Leaving Certificate Examination (including Day School Certificate (Higher) General paper), 1935
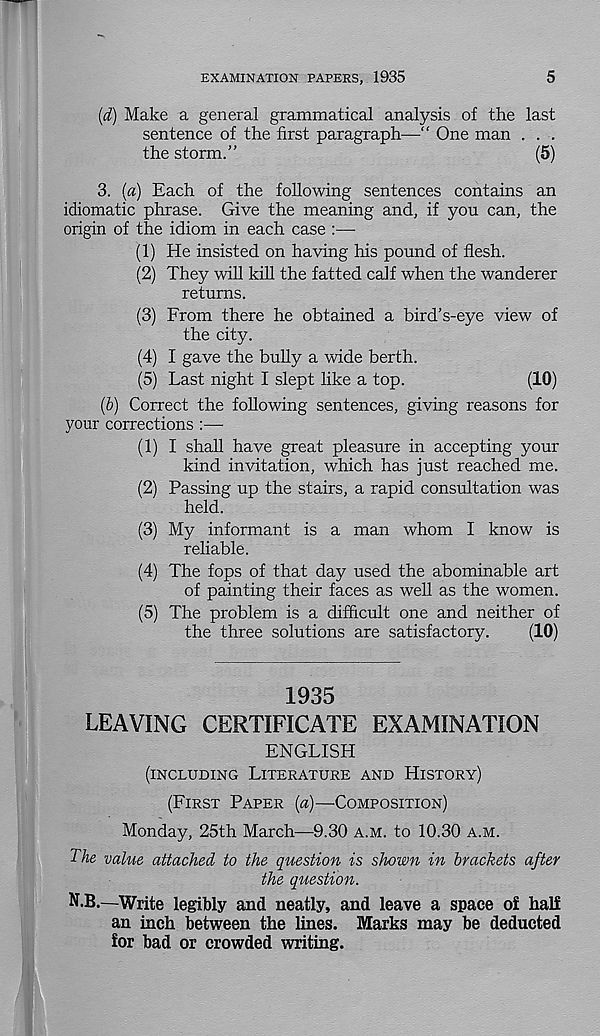
EXAMINATION PAPERS, 1935
5
(d) Make a general grammatical analysis of the last
sentence of the first paragraph—“ One man ...
the storm.”
(5)
3. [a) Each of the following sentences contains an
idiomatic phrase. Give the meaning and, if you can, the
origin of the idiom in each case :—
(1) He insisted on having his pound of flesh.
(2) They will kill the fatted calf when the wanderer
returns.
(3) From there he obtained a bird’s-eye view of
the city.
(4) I gave the bully a wide berth.
(5) Last night I slept like a top.
(10)
(b) Correct the following sentences, giving reasons for
your corrections :—-
(1) I shall have great pleasure in accepting your
kind invitation, which has just reached me.
(2) Passing up the stairs, a rapid consultation was
held.
(3) My informant is a man whom I know is
reliable.
(4) The fops of that day used the abominable art
of painting their faces as well as the women.
(5) The problem is a difficult one and neither of
the three solutions are satisfactory.
(10)
1935
LEAVING CERTIFICATE EXAMINATION
ENGLISH
(INCLUDING LITERATURE AND HISTORY)
(FIRST PAPER (a)—COMPOSITION)
Monday, 25th March—9.30 A.M. to 10.30 A.M.
The value attached to the question is shown in brackets after
the question.
N.B.—Write legibly and neatly, and leave a space o£ half
an inch between the lines. Marks may be deducted
for bad or crowded writing.